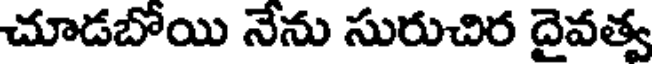
చూడబోయి నేను సురుచిర దైవత్వ